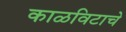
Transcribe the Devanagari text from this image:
काळविटाचे